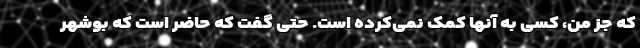
که جز من، کسی به آنها کمک نمی‌کرده است. حتی گفت که حاضر است که بوشهر